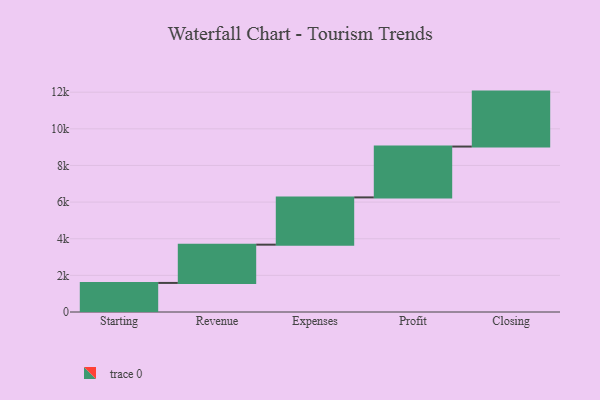
{"axis": {"x": "Step", "y": "Value"}, "legend": [""], "data": [{"x": "Starting", "y": 1587.0, "type": ""}, {"x": "Revenue", "y": 2089.0, "type": ""}, {"x": "Expenses", "y": 2580.0, "type": ""}, {"x": "Profit", "y": 2776.0, "type": ""}, {"x": "Closing", "y": 3000, "type": ""}]}